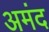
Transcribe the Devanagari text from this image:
अमंद